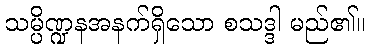
သမ္ပိဏ္ဍနအနက်ရှိသော စသဒ္ဒါ မည်၏။